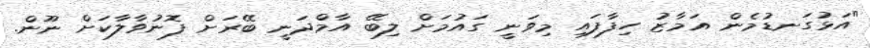
"އަޅުގަނޑުމެން އަމާޒު ހިފާފައި މިވަނީ ގައުމަށް ލިބޭ އާމްދަނީ ބޭރަށް ފޮނުވާލާކަށް ނޫން.